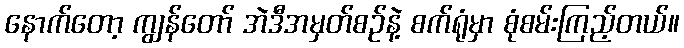
နောက်တော့ ကျွန်တော် အဲဒီအမှတ်စဉ်နဲ့ စက်ရုံမှာ စုံစမ်းကြည့်တယ်။